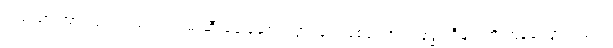
ပြည်သားအားလုံး လာရောက်ဖမ်းဆီးခေါ်ဆောင်သွားခြင်းဖြစ်ကြောင်း ဗုဒ္ဓဝါဒီများကို တုန်ခါသွားရသည့်